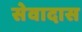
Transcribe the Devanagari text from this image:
सेवादास